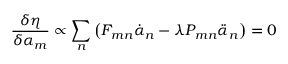
\frac { \delta \eta } { \delta \alpha _ { m } } \propto \sum _ { n } \left( F _ { m n } \dot { \alpha } _ { n } - \lambda P _ { m n } \ddot { \alpha } _ { n } \right) = 0